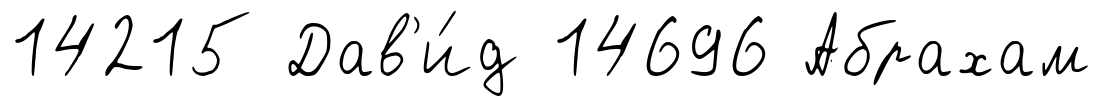
14215 Дав'и́д 14696 Абрахам